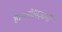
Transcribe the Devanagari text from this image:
है।मनोविज्ञानी